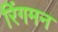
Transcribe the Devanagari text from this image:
रिंगमन